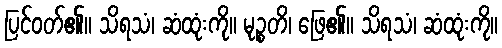
ပြင်ဝတ်၏။ သိရသံ၊ ဆံထုံးကို။ မုဉ္စတိ၊ ဖြေ၏။ သိရသံ၊ ဆံထုံးကို။